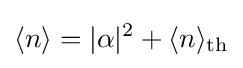
\langle n\rangle =|\alpha |^{2}+\langle n\rangle _{\text{th}}